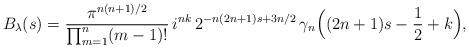
LaTeX: \begin{align*} B_\lambda(s)=\frac{\pi^{n(n+1)/2}}{\prod_{m=1}^n(m-1)!}\,i^{nk}\,2^{-n(2n+1)s+3n/2}\,\gamma_n\Big((2n+1)s-\frac12+k\Big),\end{align*}